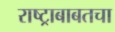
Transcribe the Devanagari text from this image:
राष्ट्राबाबतचा